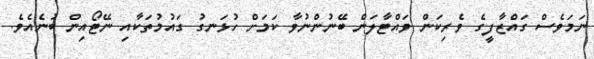
ނަމަވެސް ގައްޒާފީގެ ވެރިކަން ވައްޓާލަން ބޭނުންނުވާ ކަމަށް ހުޅަނގު ގައުމުތަކާއި ނޭޓޯއިން ބުނެއެވެ.